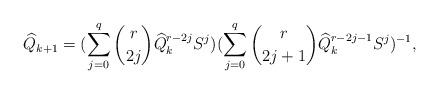
LaTeX: \begin{align*} \widehat{Q}_{k+1}=(\sum\limits_{j=0}^{q} {r \choose 2j}\widehat{Q}_k^{r-2j} S^j)(\sum\limits_{j=0}^{q} {r \choose 2j+1}\widehat{Q}_k^{r-2j-1} S^{j})^{-1}, \end{align*}